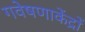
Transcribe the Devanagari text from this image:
गवेषणाकेंद्रों